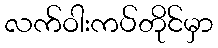
လက်ဝါးကပ်တိုင်မှာ